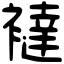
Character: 𧞅